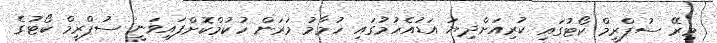
މިރޭ ސުޕްރީމް ކޯޓުގައި ކުރިއަށްދިޔަ އަޑުއެހުމުގައި ހުމާމު މަރަން ހުކުމްކޮށްފައިވަނީ ސުޕްރީމް ކޯޓުގެ